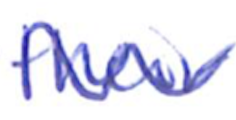
Text: their
Cross-out: wave
Writing tool: ballpoint